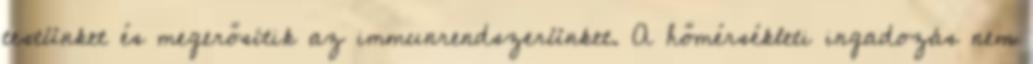
testünket és megerősítik az immunrendszerünket. A hőmérsékleti ingadozás nem